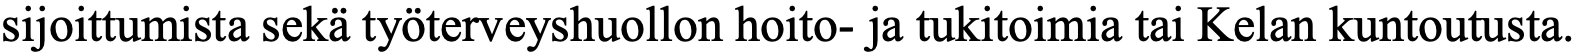
sijoittumista sekä työterveyshuollon hoito- ja tukitoimia tai Kelan kuntoutusta.